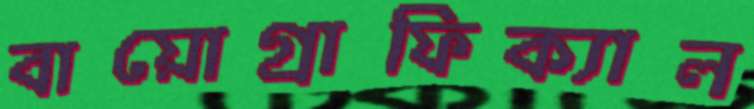
বায়োগ্রাফিক্যাল